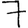
Digit: 7